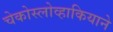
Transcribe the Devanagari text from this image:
चेकोस्लोव्हाकियाने